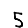
Digit: 5